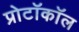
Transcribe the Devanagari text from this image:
प्रोटॉकॉल